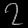
Digit: ၇